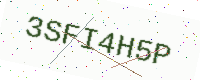
Text: 3SFI4H5P